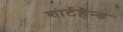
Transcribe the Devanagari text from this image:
शार्टहैन्ड